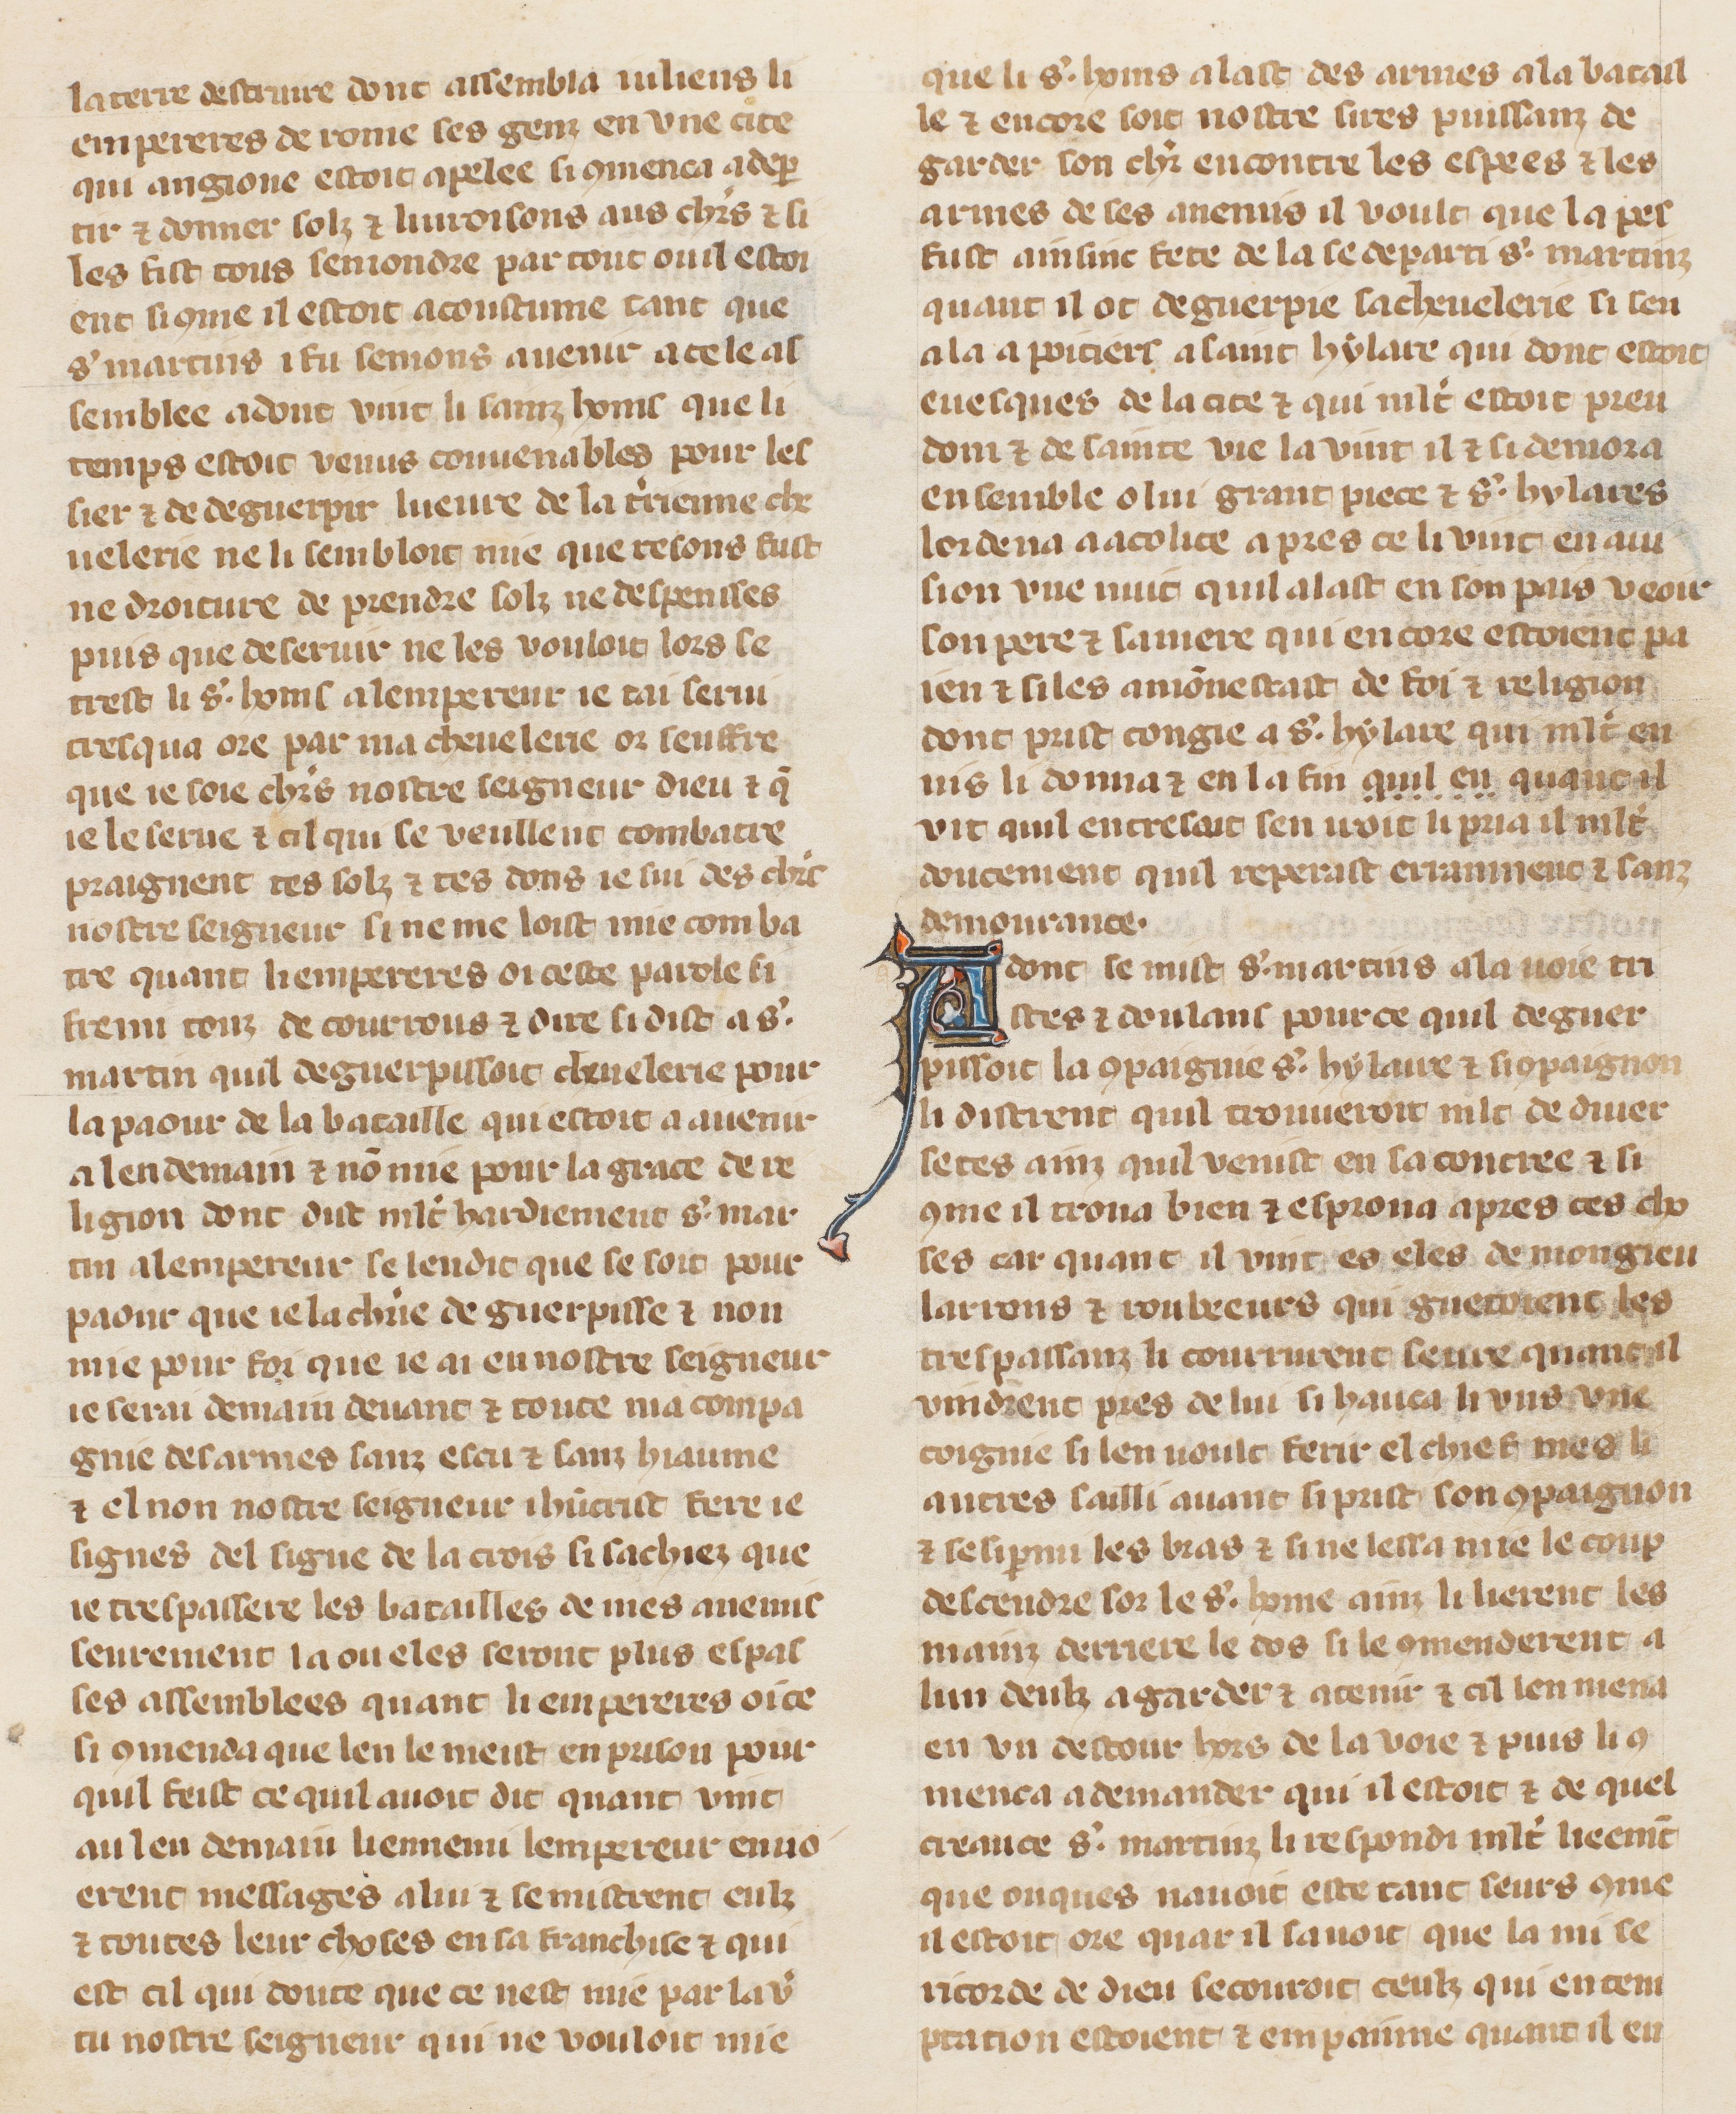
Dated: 1305–1335